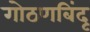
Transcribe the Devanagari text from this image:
गोठणबिंदू